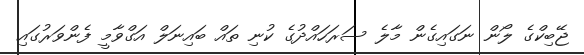
ޖޭބިކްގެ ލޯން ނަގައިގެން މާލެ ސަރަހައްދުގެ ކުނި ތައް ބައިނަލް އަގްވާމީ ފެންވަރުގައި